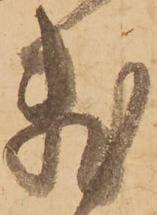
数